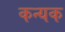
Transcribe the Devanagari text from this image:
कन्यक